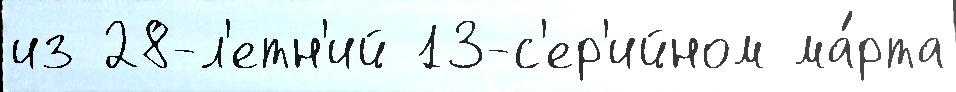
из 28-л'етн'ий 13-с'ер'ийном ма́рта